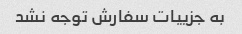
به جزییات سفارش توجه نشد